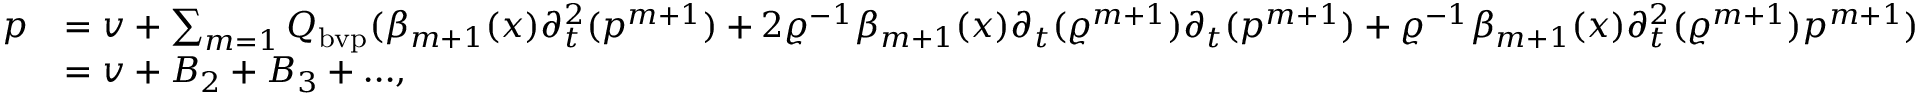
\begin{array} { r l } { p } & { = v + \sum _ { m = 1 } Q _ { \mathrm { b v p } } ( \beta _ { m + 1 } ( x ) \partial _ { t } ^ { 2 } ( p ^ { m + 1 } ) + 2 \varrho ^ { - 1 } \beta _ { m + 1 } ( x ) \partial _ { t } ( \varrho ^ { m + 1 } ) \partial _ { t } ( p ^ { m + 1 } ) + \varrho ^ { - 1 } \beta _ { m + 1 } ( x ) \partial _ { t } ^ { 2 } ( \varrho ^ { m + 1 } ) p ^ { m + 1 } ) } \\ & { = v + { B _ { 2 } + B _ { 3 } + \dots } , } \end{array}